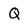
Character: Q